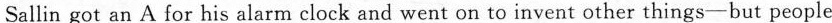
Sallin got an A for his alarm clock and went on to invent other things-but people